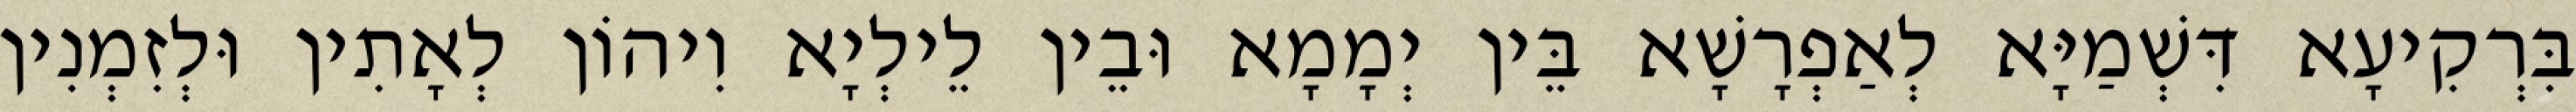
בִּרְקִיעָא דִּשְׁמַיָּא לְאַפְרָשָׁא בֵּין יְמָמָא וּבֵין לֵילְיָא וִיהוֹן לְאָתִין וּלְזִמְנִין